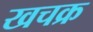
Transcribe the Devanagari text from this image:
खचक्र